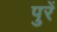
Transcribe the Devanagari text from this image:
पुरें